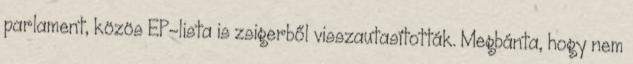
parlament, közös EP-lista is zsigerből visszautasították. Megbánta, hogy nem